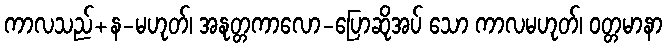
ကာလသည်+န-မဟုတ်၊ အနုတ္တကာလော-ပြောဆိုအပ် သော ကာလမဟုတ်၊ ဝတ္တမာနာ